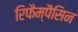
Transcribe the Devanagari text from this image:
रिफैम्पैसिन